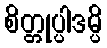
စိတ္တုပ္ပါဒမ္ပိ